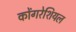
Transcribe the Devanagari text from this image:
कोंगरेशियल